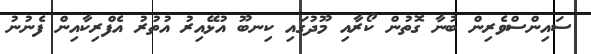
ސައިންސްވެރިން ބުނާ ގޮތުން ކޯރާއި މޫދުގައި ކިނބޫ އުޅޭއިރު އުތުރު އެފްރިކާއިން ފެނުނު